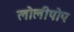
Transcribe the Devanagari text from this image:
लोलीपोप